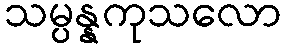
သမ္ပန္နကုသလော